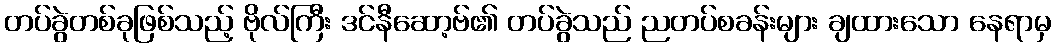
တပ်ခွဲတစ်ခုဖြစ်သည့် ဗိုလ်ကြီး ဒင်နီဆော့ဗ်၏ တပ်ခွဲသည် ညတပ်စခန်းများ ချထားသော နေရာမှ